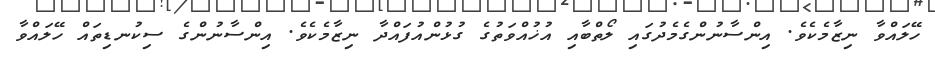
ހޭލައްވާ ނިޒާމެކެވެ. އިންސާނުންގެމެދުގައި ލޯތްބާއި އުޚުއްވަތުގެ ގުޅުންއުފައްދާ ނިޒާމެކެވެ. އިންސާނުންގެ ސިކުނޑިތައް ހޭލައްވާ